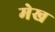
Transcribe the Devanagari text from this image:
मेख